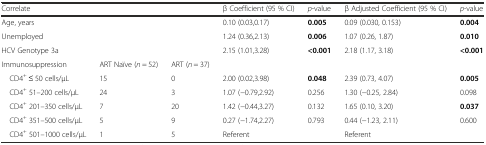
| Correlate |  |  | β Coefficient (95 % CI) | p-value | β Adjusted Coefficient (95 % CI) | p-value |
 | --- | --- | --- | --- | --- | --- | --- |
 | Age, years |  |  | 0.10 (0.03,0.17) | 0.005 | 0.09 (0.030, 0.153) | 0.004 |
 | Unemployed |  |  | 1.24 (0.36,2.13) | 0.006 | 1.07 (0.26, 1.87) | 0.010 |
 | HCV Genotype 3a |  |  | 2.15 (1.01,3.28) | <0.001 | 2.18 (1.17, 3.18) | <0.001 |
 | Immunosuppression | ART Naïve (n = 52) | ART (n = 37) |  |  |  |  |
 | CD4+ ≤ 50 cells/μL | 15 | 0 | 2.00 (0.02,3.98) | 0.048 | 2.39 (0.73, 4.07) | 0.005 |
 | CD4+ 51–200 cells/μL | 24 | 3 | 1.07 (−0.79,2.92) | 0.256 | 1.30 (−0.25, 2.84) | 0.098 |
 | CD4+ 201–350 cells/μL | 7 | 20 | 1.42 (−0.44,3.27) | 0.132 | 1.65 (0.10, 3.20) | 0.037 |
 | CD4+ 351–500 cells/μL | 5 | 9 | 0.27 (−1.74,2.27) | 0.793 | 0.44 (−1.23, 2.11) | 0.600 |
 | CD4+ 501–1000 cells/μL | 1 | 5 | Referent |  | Referent |  |